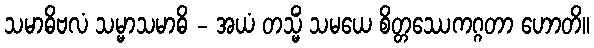
သမာဓိဗလံ သမ္မာသမာဓိ - အယံ တသ္မိံ သမယေ စိတ္တဿေကဂ္ဂတာ ဟောတိ။